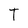
Character: T